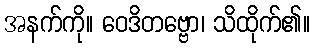
အနက်ကို။ ဝေဒိတဗ္ဗော၊ သိထိုက်၏။